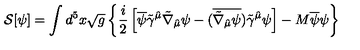
{ \cal S } [ \psi ] = \int d ^ { 5 } x \sqrt { g } \left\{ \frac { i } { 2 } \left[ \overline { { \psi } } \tilde { \gamma } ^ { \hat { \mu } } \tilde { \nabla } _ { \hat { \mu } } \psi - ( \overline { { \tilde { \nabla } _ { \hat { \mu } } \psi } } ) \tilde { \gamma } ^ { \hat { \mu } } \psi \right] - M \overline { { \psi } } \psi \right\}